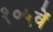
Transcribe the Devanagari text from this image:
१०५वें